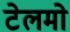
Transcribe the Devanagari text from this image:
टेलमो